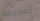
تسريحه